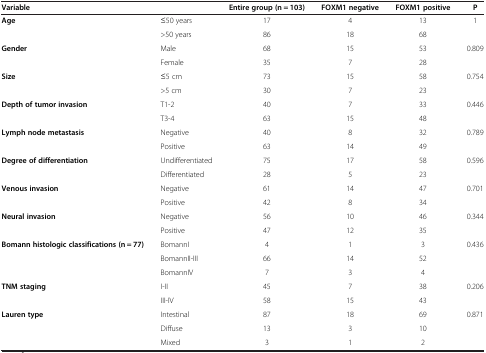
| Variable |  | Entire group (n = 103) | FOXM1 negative | FOXM1 positive | P |
 | --- | --- | --- | --- | --- | --- |
 | <ROWSPAN=2> Age | ≤50 years | 17 | 4 | 13 | 1 |
 | >50 years | 86 | 18 | 68 |  |
 | <ROWSPAN=2> Gender | Male | 68 | 15 | 53 | 0.809 |
 | Female | 35 | 7 | 28 |  |
 | <ROWSPAN=2> Size | ≤5 cm | 73 | 15 | 58 | 0.754 |
 | >5 cm | 30 | 7 | 23 |  |
 | <ROWSPAN=2> Depth of tumor invasion | T1-2 | 40 | 7 | 33 | 0.446 |
 | T3-4 | 63 | 15 | 48 |  |
 | <ROWSPAN=2> Lymph node metastasis | Negative | 40 | 8 | 32 | 0.789 |
 | Positive | 63 | 14 | 49 |  |
 | <ROWSPAN=2> Degree of differentiation | Undifferentiated | 75 | 17 | 58 | 0.596 |
 | Differentiated | 28 | 5 | 23 |  |
 | <ROWSPAN=2> Venous invasion | Negative | 61 | 14 | 47 | 0.701 |
 | Positive | 42 | 8 | 34 |  |
 | <ROWSPAN=2> Neural invasion | Negative | 56 | 10 | 46 | 0.344 |
 | Positive | 47 | 12 | 35 |  |
 | <ROWSPAN=3> Bomann histologic classifications (n = 77) | BomannI | 4 | 1 | 3 | 0.436 |
 | BomannII-III | 66 | 14 | 52 |  |
 | BomannIV | 7 | 3 | 4 |  |
 | <ROWSPAN=2> TNM staging | I-II | 45 | 7 | 38 | 0.206 |
 | III-IV | 58 | 15 | 43 |  |
 | <ROWSPAN=3> Lauren type | Intestinal | 87 | 18 | 69 | 0.871 |
 | Diffuse | 13 | 3 | 10 |  |
 | Mixed | 3 | 1 | 2 |  |